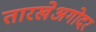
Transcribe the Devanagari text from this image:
तारखेअगोदर